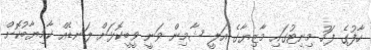
ހާފުގެ ފަހު މިނިޓުގައި މާޒިޔާގެ އަލީ ޝާމިން ވަނީ ވީބީކޮޅަށް ލަނޑެއް ކާމިޔާބުކޮށް